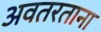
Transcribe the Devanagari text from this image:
अवतरताना